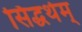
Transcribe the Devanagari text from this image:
सिद्धर्थम्